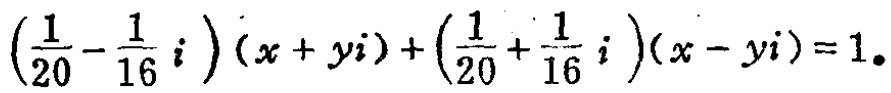
\(\left(\frac{1}{20}-\frac{1}{16}i\right)(x + yi)+\left(\frac{1}{20}+\frac{1}{16}i\right)(x - yi)=1\)